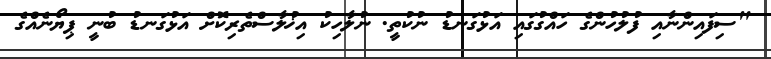
"ސިފައިންނާއި ފުލުހުންގެ ހައްގުގައި އަޅުގަނޑު ނުކުތީ. ނުލާހިކު އިޚުލާސްތެރިކޮށް އަޅުގަނޑު ބުނީ ޕިޔޯނެއްގެ